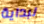
لبداية